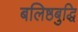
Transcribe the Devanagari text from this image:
बलिष्ठबुद्धि